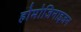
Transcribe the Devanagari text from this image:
होमोजिनाइजन